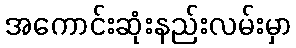
အကောင်းဆုံးနည်းလမ်းမှာ